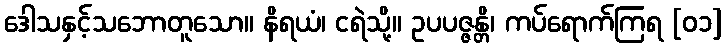
ဒေါသနှင့်သဘောတူသော။ နိရယံ၊ ငရဲသို့။ ဥပပဇ္ဇန္တိ၊ ကပ်ရောက်ကြရ [၀၁]